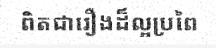
ពិតជារឿងដ៏ល្អប្រពៃ